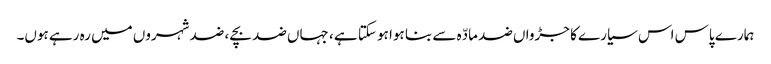
ہمارے پاس اس سیارے کا جڑواں ضد مادّہ سے بنا ہوا ہو سکتا ہے ، جہاں ضد بچے ، ضد شہروں میں رہ رہے ہوں۔